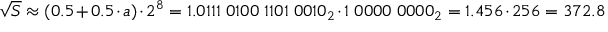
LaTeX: { \sqrt { S } } \approx ( 0 . 5 + 0 . 5 \cdot a ) \cdot 2 ^ { 8 } = 1 . 0 1 1 1 \; 0 1 0 0 \; 1 1 0 1 \; 0 0 1 0 _ { 2 } \cdot 1 \; 0 0 0 0 \; 0 0 0 0 _ { 2 } = 1 . 4 5 6 \cdot 2 5 6 = 3 7 2 . 8